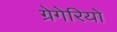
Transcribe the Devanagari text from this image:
ग्रेगेरियो